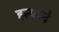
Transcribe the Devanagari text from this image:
हत्याने